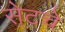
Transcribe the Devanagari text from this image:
सेटचे